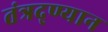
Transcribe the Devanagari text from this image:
तंत्रद्ण्यान